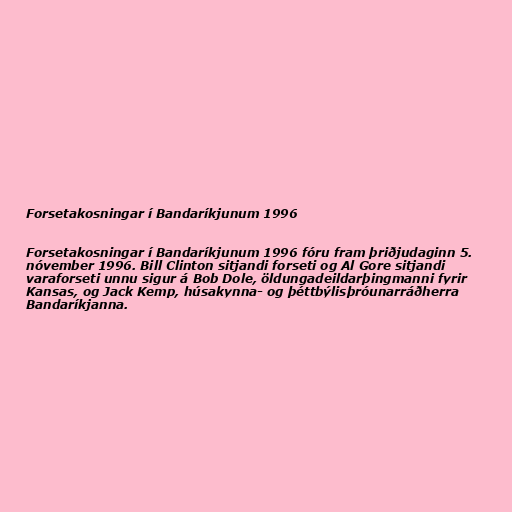
Forsetakosningar í Bandaríkjunum 1996

Forsetakosningar í Bandaríkjunum 1996 fóru fram þriðjudaginn 5.
nóvember 1996. Bill Clinton sitjandi forseti og Al Gore sitjandi
varaforseti unnu sigur á Bob Dole, öldungadeildarþingmanni fyrir
Kansas, og Jack Kemp, húsakynna- og þéttbýlisþróunarráðherra
Bandaríkjanna.